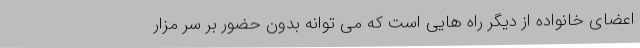
اعضای خانواده از دیگر راه هایی است که می توانه بدون حضور بر سر مزار